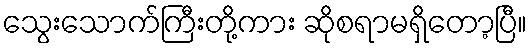
သွေးသောက်ကြီးတို့ကား ဆိုစရာမရှိတော့ပြီ။